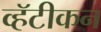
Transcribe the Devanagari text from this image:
व्हॅटीकन